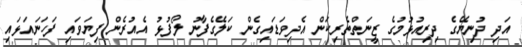
އަދި ދުނިޔޭގެ ދިރިއުޅުމުގެ ޒީނަތްތެރިކަން އެދިވަޑައިގެން ކަލޭގެފާނު ލޯފުޅު އެއުރެން ފިޔަވައި ފަހަނައަޅައި